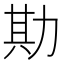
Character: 𫦮